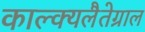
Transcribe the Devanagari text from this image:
काल्क्यलैतेग्राल